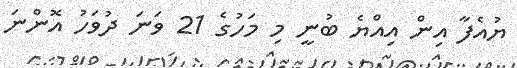
ޔުއެފާ އިން އިއްޔެ ބުނީ މި މަހުގެ 21 ވަނަ ދުވަހު އޮންނަ